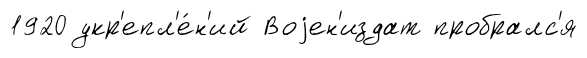
1920 укр'епл'е́н'ий Воjен'издат пробралс'я